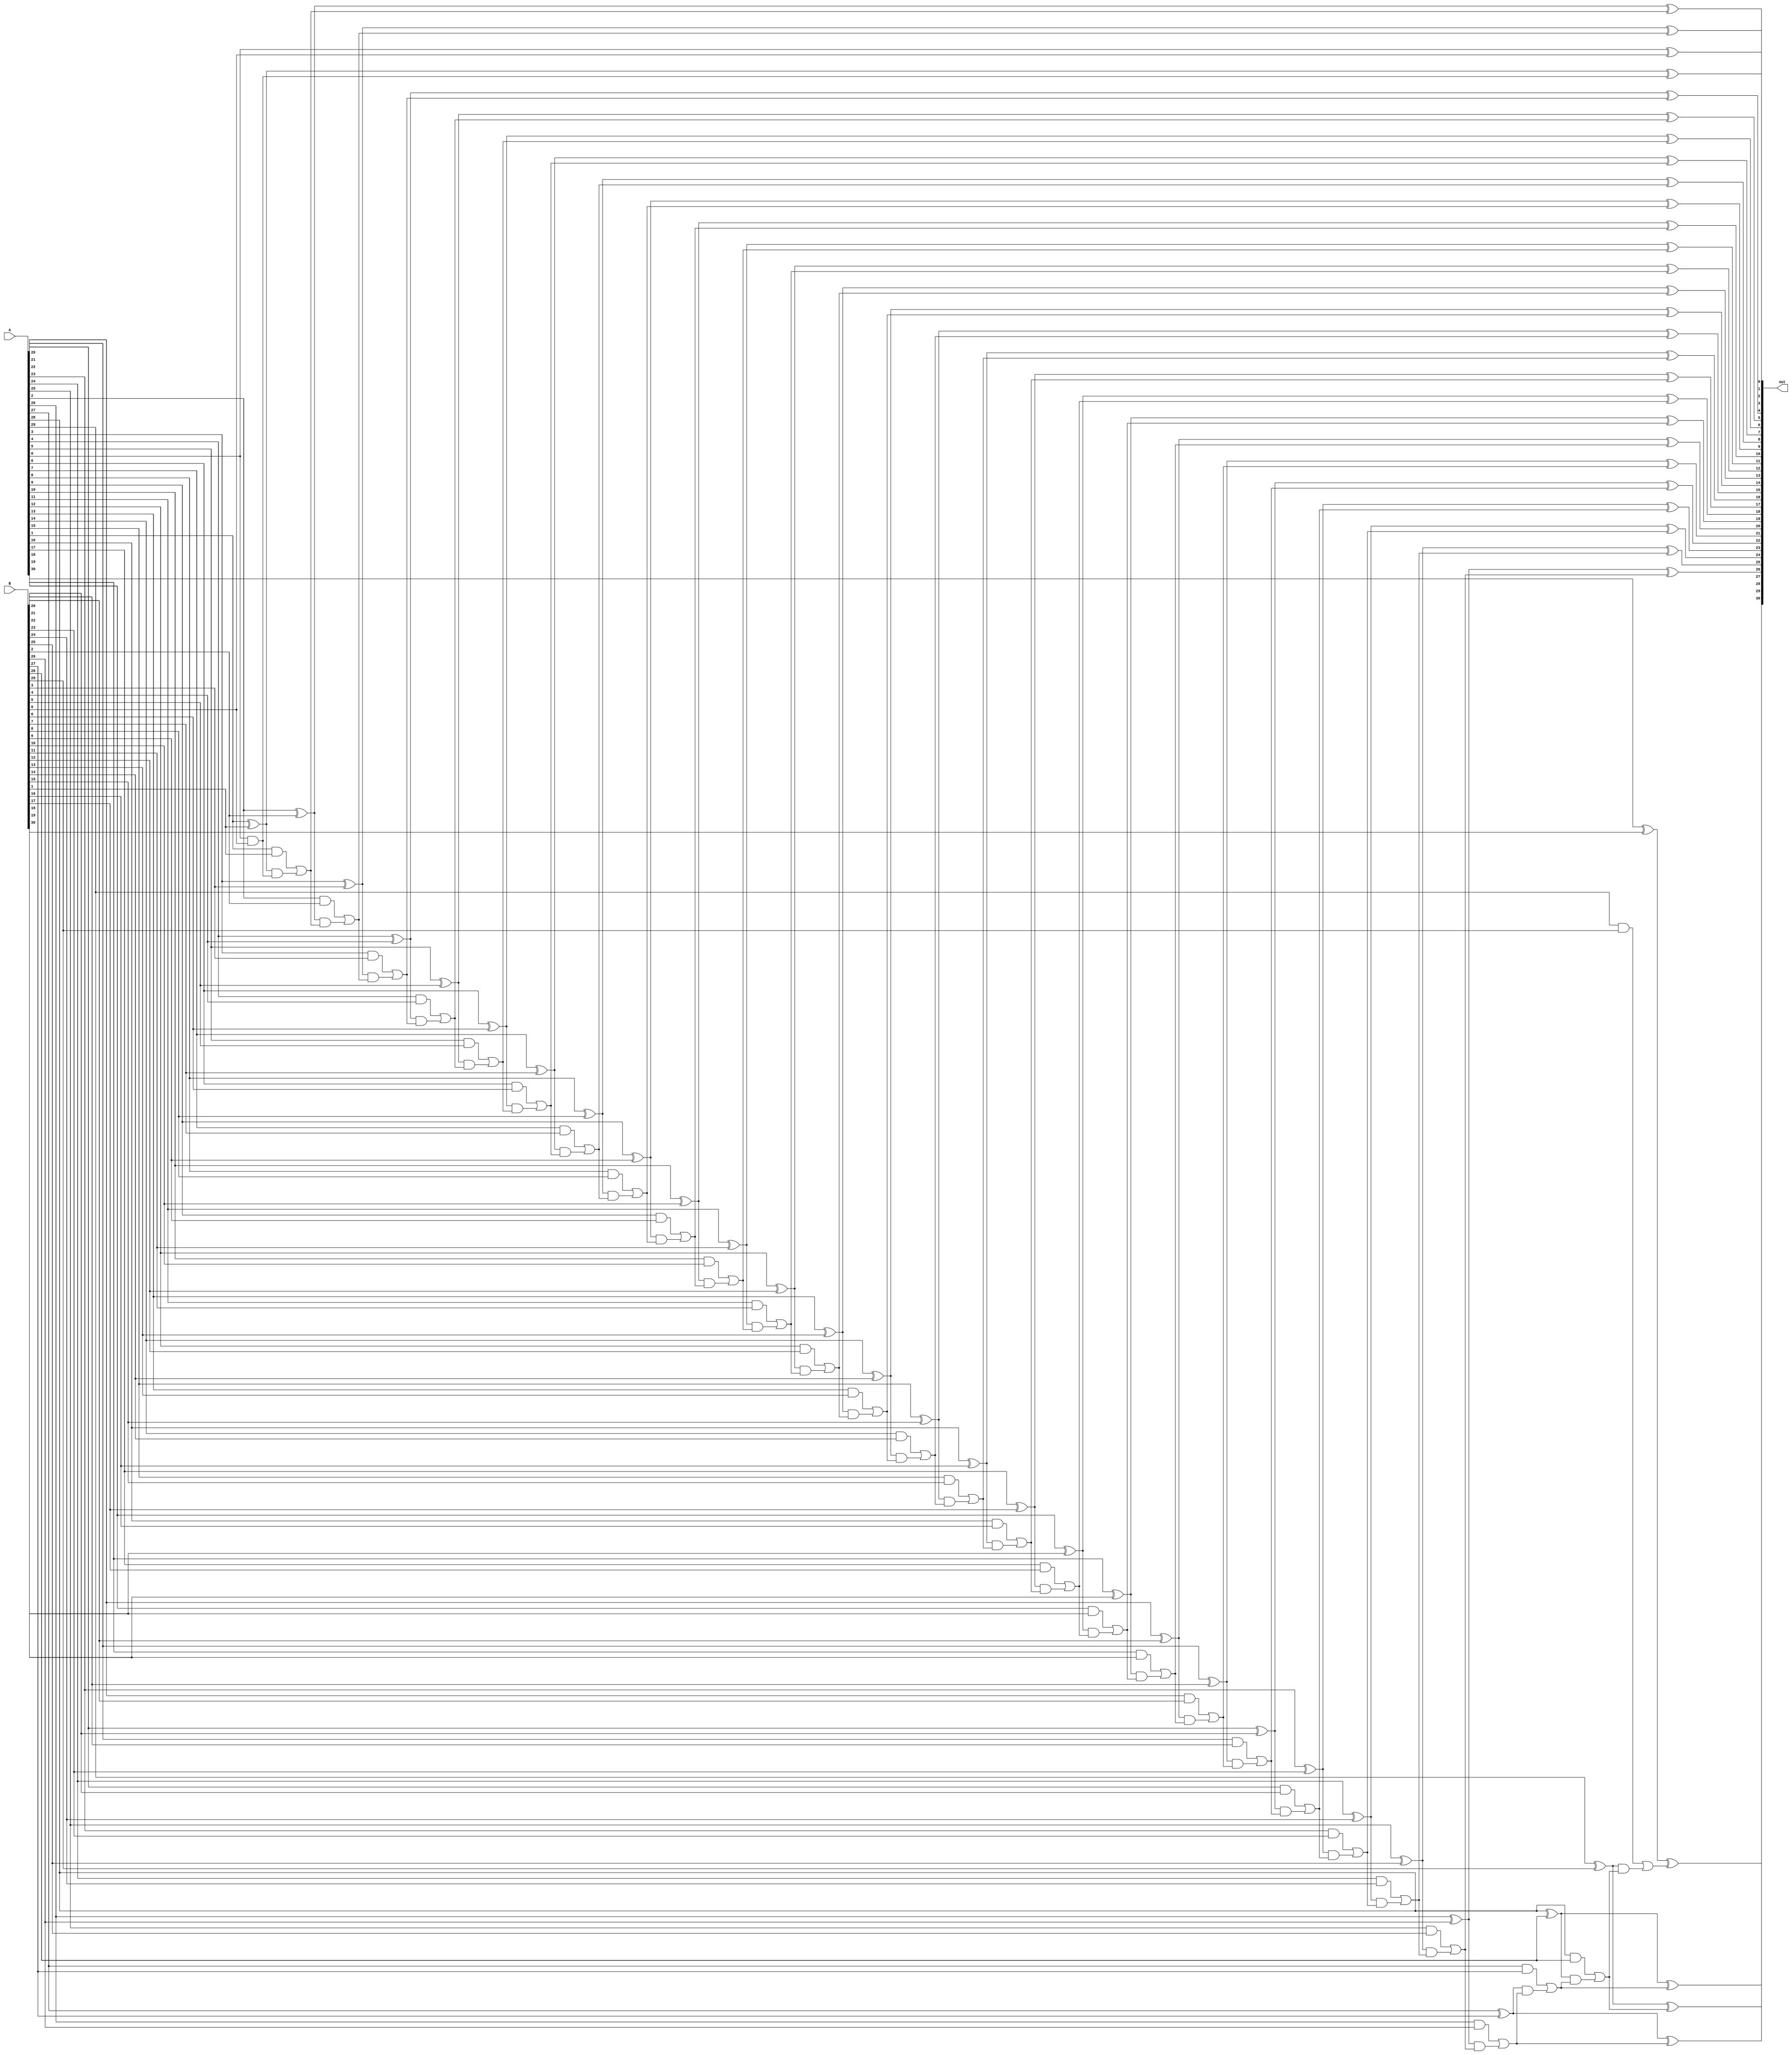
module cla31squ(out,A,B);//out=A+B

parameter WIDTH=30;

input      [WIDTH:0]A,B;

output [WIDTH:0]out;

reg [WIDTH+1:0]S;
reg [WIDTH+1:0] C;
reg [WIDTH:0] G,P;
integer ii;

assign out=S[WIDTH:0];
 
always @* begin
  C[0] = 1'b0;
  for(ii=0;ii<=WIDTH;ii=ii+1) 
  begin
    G[ii] = A[ii] & B[ii];
    P[ii] = A[ii] ^ B[ii];
    C[ii+1] = G[ii] | (P[ii]&C[ii]);
    S[ii] = P[ii] ^ C[ii];
  end
  S[WIDTH+1] = C[WIDTH+1];
end
endmodule